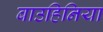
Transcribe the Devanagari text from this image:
बाउहिनिया